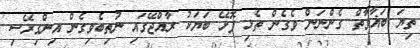
ތިޔަ ބަޣާވާތް ގެންނަން ވެގެން ތެޅި ފޮޅޭ ބަޔަކު ރާއްޖޭގައި ނުތިބެވިގެން އިންގިރޭސި